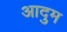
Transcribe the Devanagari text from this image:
आदुम